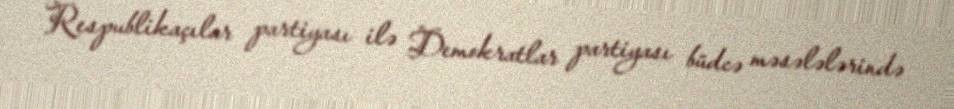
Respublikaçılar partiyası ilə Demokratlar partiyası büdcə məsələlərində